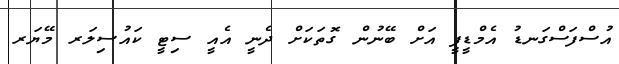
އުސްފަސްގަނޑު އެމްޑީޕީ އަށް ބޭނުން ގޮތަކަށް ދެނީ އެއީ ސިޓީ ކައުސިލަރ މޭޔަރ